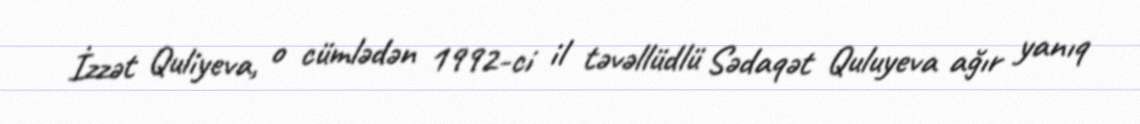
İzzət Quliyeva, o cümlədən 1992-ci il təvəllüdlü Sədaqət Quluyeva ağır yanıq